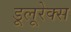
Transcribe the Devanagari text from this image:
डूलूरेक्स